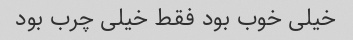
خیلی خوب بود فقط خیلی چرب بود